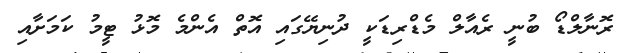
ރޮނާލްޑޯ ބުނީ ރެއާލް މެޑްރިޑަކީ ދުނިޔޭގައި އޮތް އެންމެ މޮޅު ޓީމު ކަމަށާއި